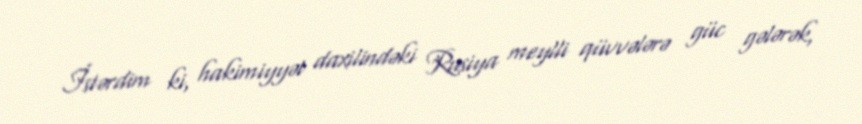
İstərdim ki, hakimiyyət daxilindəki Rusiya meylli qüvvələrə güc gələrək,